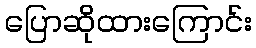
ပြောဆိုထားကြောင်း